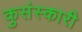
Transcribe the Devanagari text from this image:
कुसंस्कारी